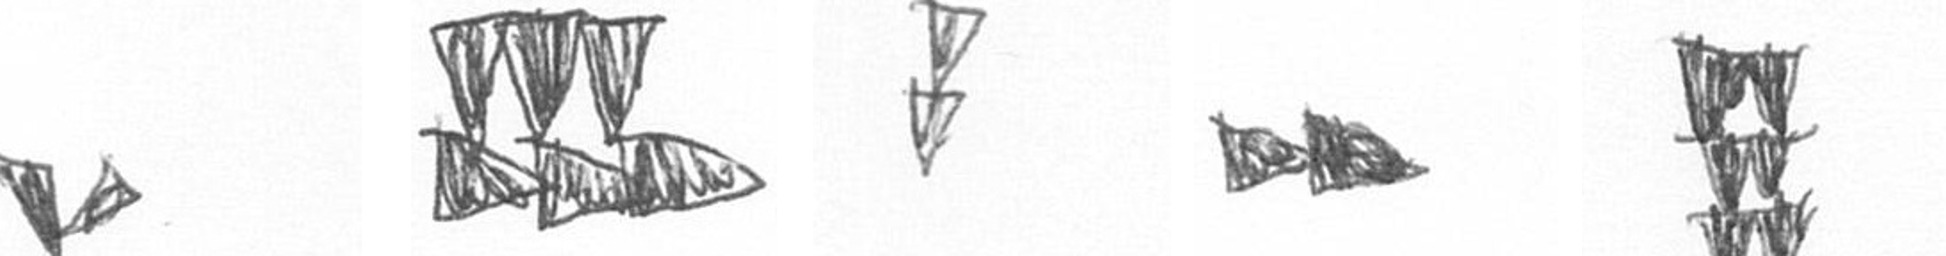
F D Z A Y